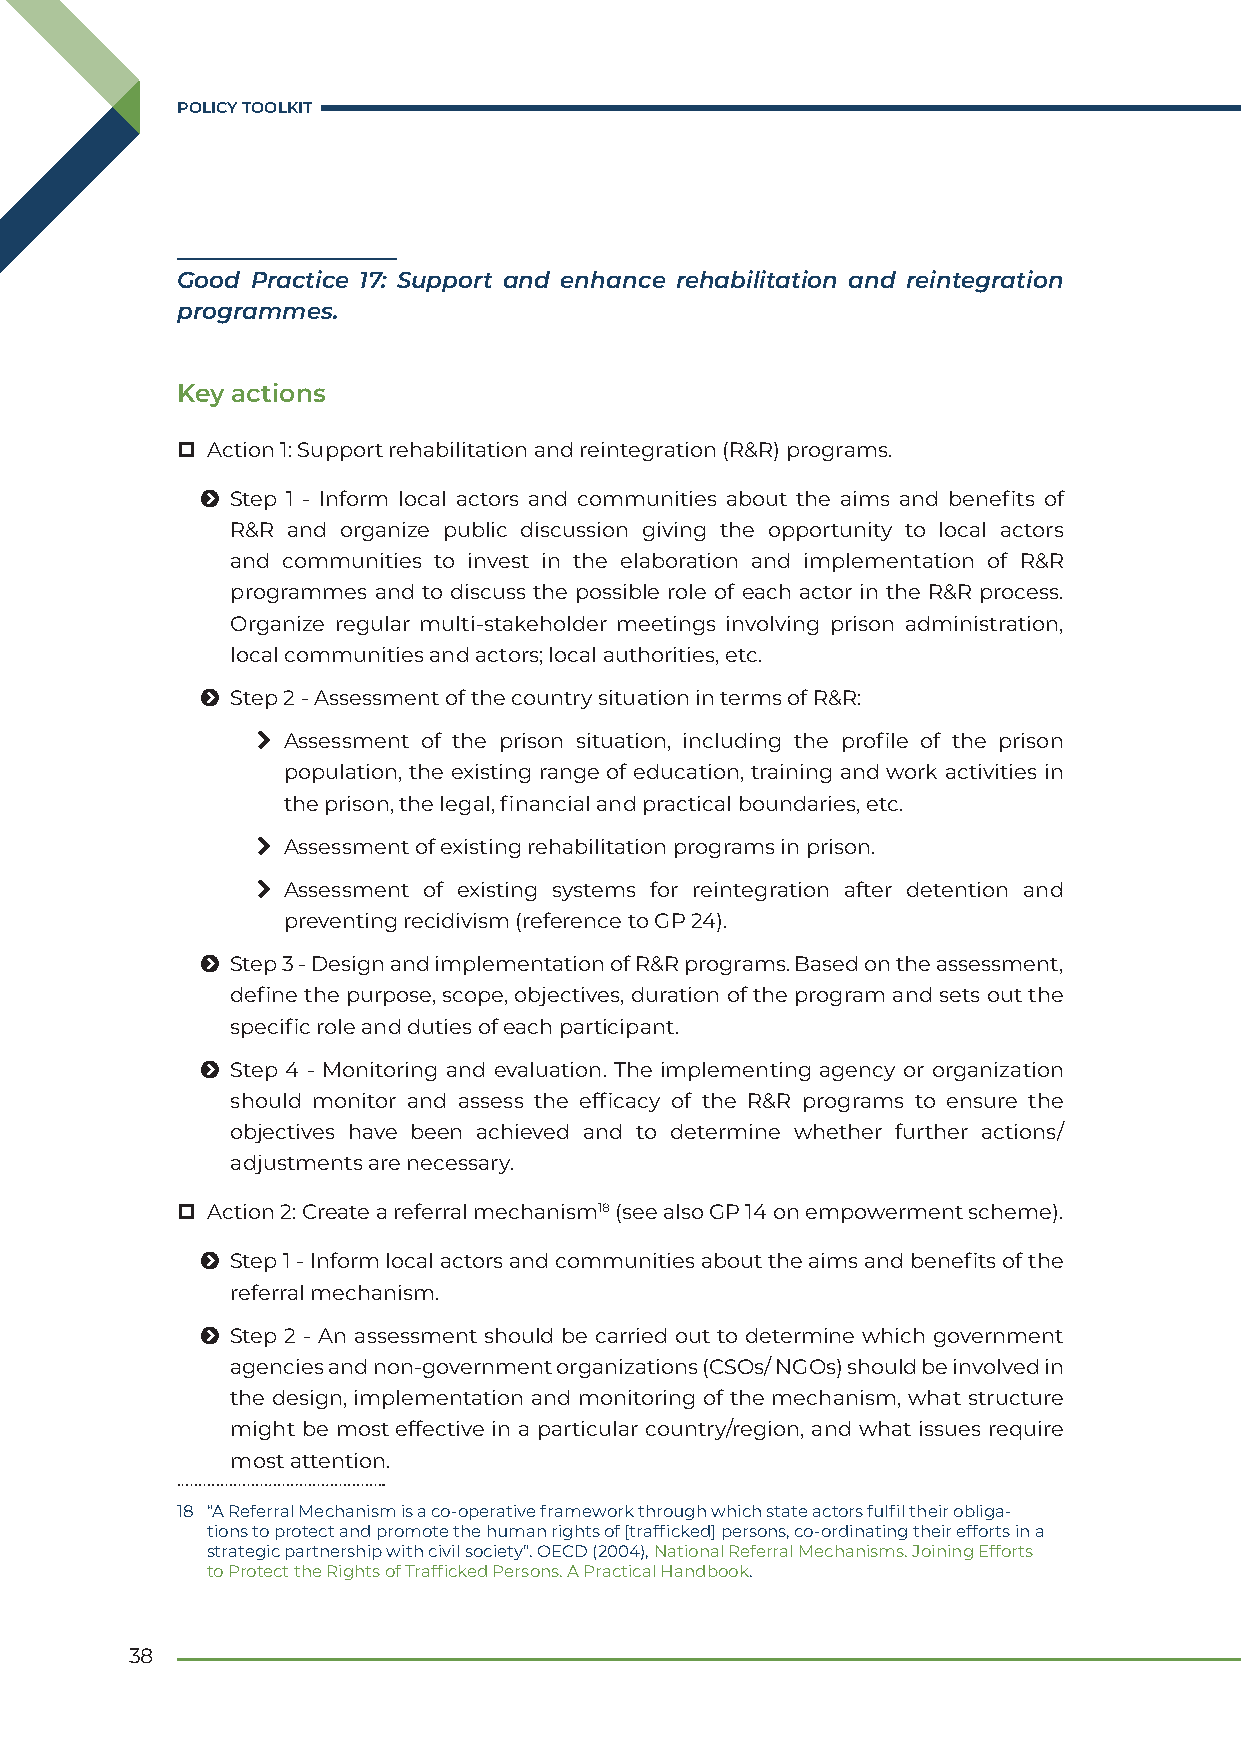
POLICY TOOLKIT
 Good Practice 17: Support and enhance rehabilitation and reintegration
 programmes.
 Key actions
  Action 1: Support rehabilitation and reintegration (R&R) programs.
 Ħ Step 1 - Inform local actors and communities about the aims and benefits of
 R&R and organize public discussion giving the opportunity to local actors
 and communities to invest in the elaboration and implementation of R&R
 programmes and to discuss the possible role of each actor in the R&R process.
 Organize regular multi-stakeholder meetings involving prison administration,
 local communities and actors; local authorities, etc.
 Ħ Step 2 - Assessment of the country situation in terms of R&R:
 \ Assessment of the prison situation, including the profile of the prison
 population, the existing range of education, training and work activities in
 the prison, the legal, financial and practical boundaries, etc.
 \ Assessment of existing rehabilitation programs in prison.
 \ Assessment of existing systems for reintegration after detention and
 preventing recidivism (reference to GP 24).
 Ħ Step 3 - Design and implementation of R&R programs. Based on the assessment,
 define the purpose, scope, objectives, duration of the program and sets out the
 specific role and duties of each participant.
 Ħ Step 4 - Monitoring and evaluation. The implementing agency or organization
 should monitor and assess the efficacy of the R&R programs to ensure the
 objectives have been achieved and to determine whether further actions/
 adjustments are necessary.
  Action 2: Create a referral mechanism18 (see also GP 14 on empowerment scheme).
 Ħ Step 1 - Inform local actors and communities about the aims and benefits of the
 referral mechanism.
 Ħ Step 2 - An assessment should be carried out to determine which government
 agencies and non-government organizations (CSOs/ NGOs) should be involved in
 the design, implementation and monitoring of the mechanism, what structure
 might be most effective in a particular country/region, and what issues require
 most attention.
 18 “A Referral Mechanism is a co-operative framework through which state actors fulfil their obliga-
 tions to protect and promote the human rights of [trafficked] persons, co-ordinating their efforts in a
 strategic partnership with civil society”. OECD (2004), National Referral Mechanisms. Joining Efforts
 to Protect the Rights of Trafficked Persons. A Practical Handbook.
 38